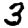
Digit: 3